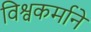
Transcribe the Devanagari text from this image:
विश्वकर्माने